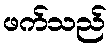
ဖက်သည်